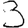
Digit: 3